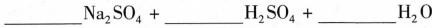
___ N a H _ { 2 } S O _ { 4 } + ___ H _ { 2 } S O _ { 4 } + ___ H _ { 2 } O$$